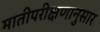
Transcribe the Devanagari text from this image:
मातीपरीक्षणानुसार